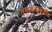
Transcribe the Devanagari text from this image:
तेव्हापासूनचीच